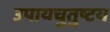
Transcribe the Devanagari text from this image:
उपायचुतुष्टय